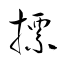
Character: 摽